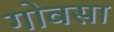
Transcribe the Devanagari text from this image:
गोवसा